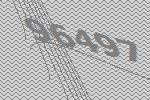
96497